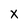
Character: X